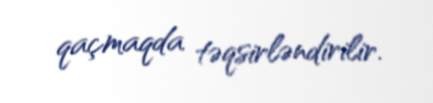
qaçmaqda təqsirləndirilir.